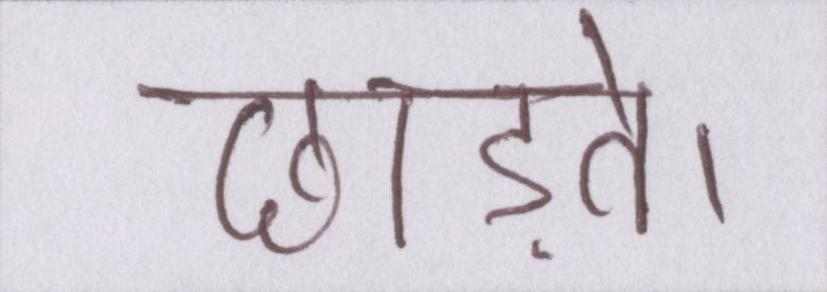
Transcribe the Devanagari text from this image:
छोड़ते।